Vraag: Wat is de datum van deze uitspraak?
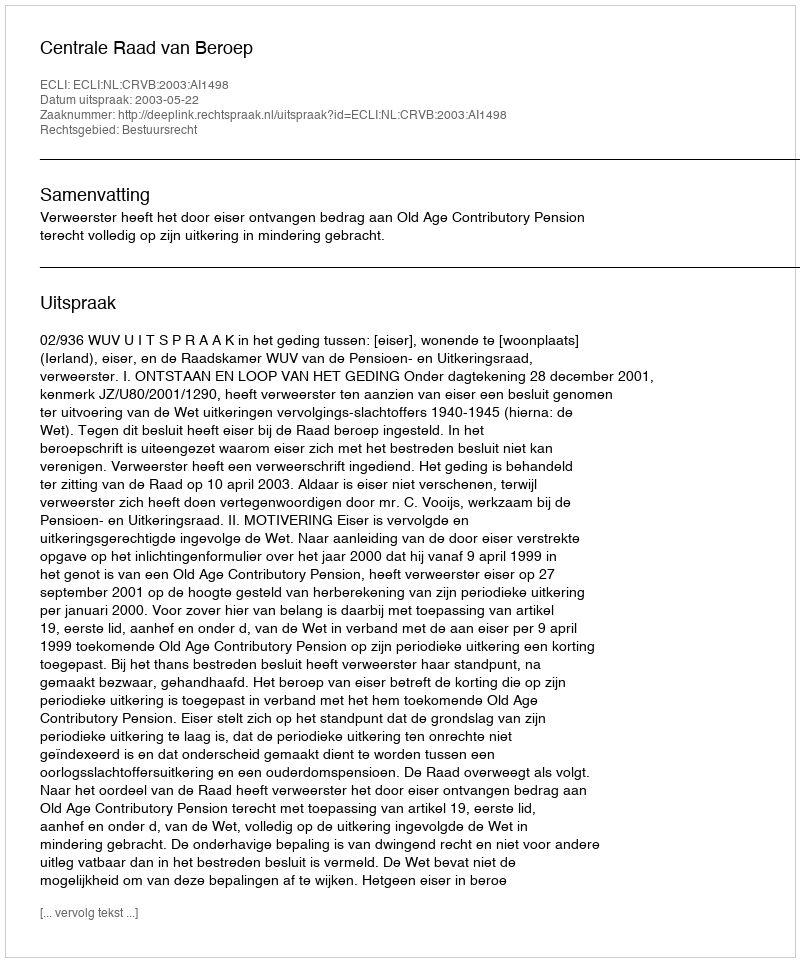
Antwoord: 2003-05-22